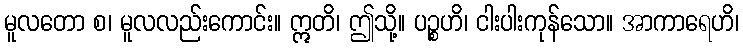
မူလတော စ၊ မူလလည်းကောင်း။ ဣတိ၊ ဤသို့။ ပဉ္စဟိ၊ ငါးပါးကုန်သော။ အာကာရေဟိ၊